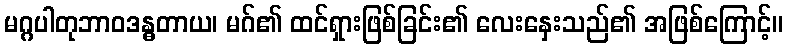
မဂ္ဂပါတုဘာဝဒန္ဓတာယ၊ မဂ်၏ ထင်ရှားဖြစ်ခြင်း၏ လေးနှေးသည်၏ အဖြစ်ကြောင့်။